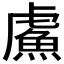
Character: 𫊣